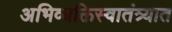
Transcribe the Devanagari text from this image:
अभिव्यक्तिस्वातंत्र्यात